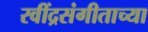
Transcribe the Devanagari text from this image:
रवींद्रसंगीताच्या